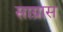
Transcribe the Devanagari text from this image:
साग्रास